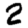
Digit: 2